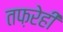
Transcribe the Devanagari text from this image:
तफ़रेही